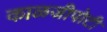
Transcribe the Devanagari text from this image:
काळजीपोटी